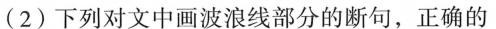
(2)下列对文中画波浪线部分的断句，正确的